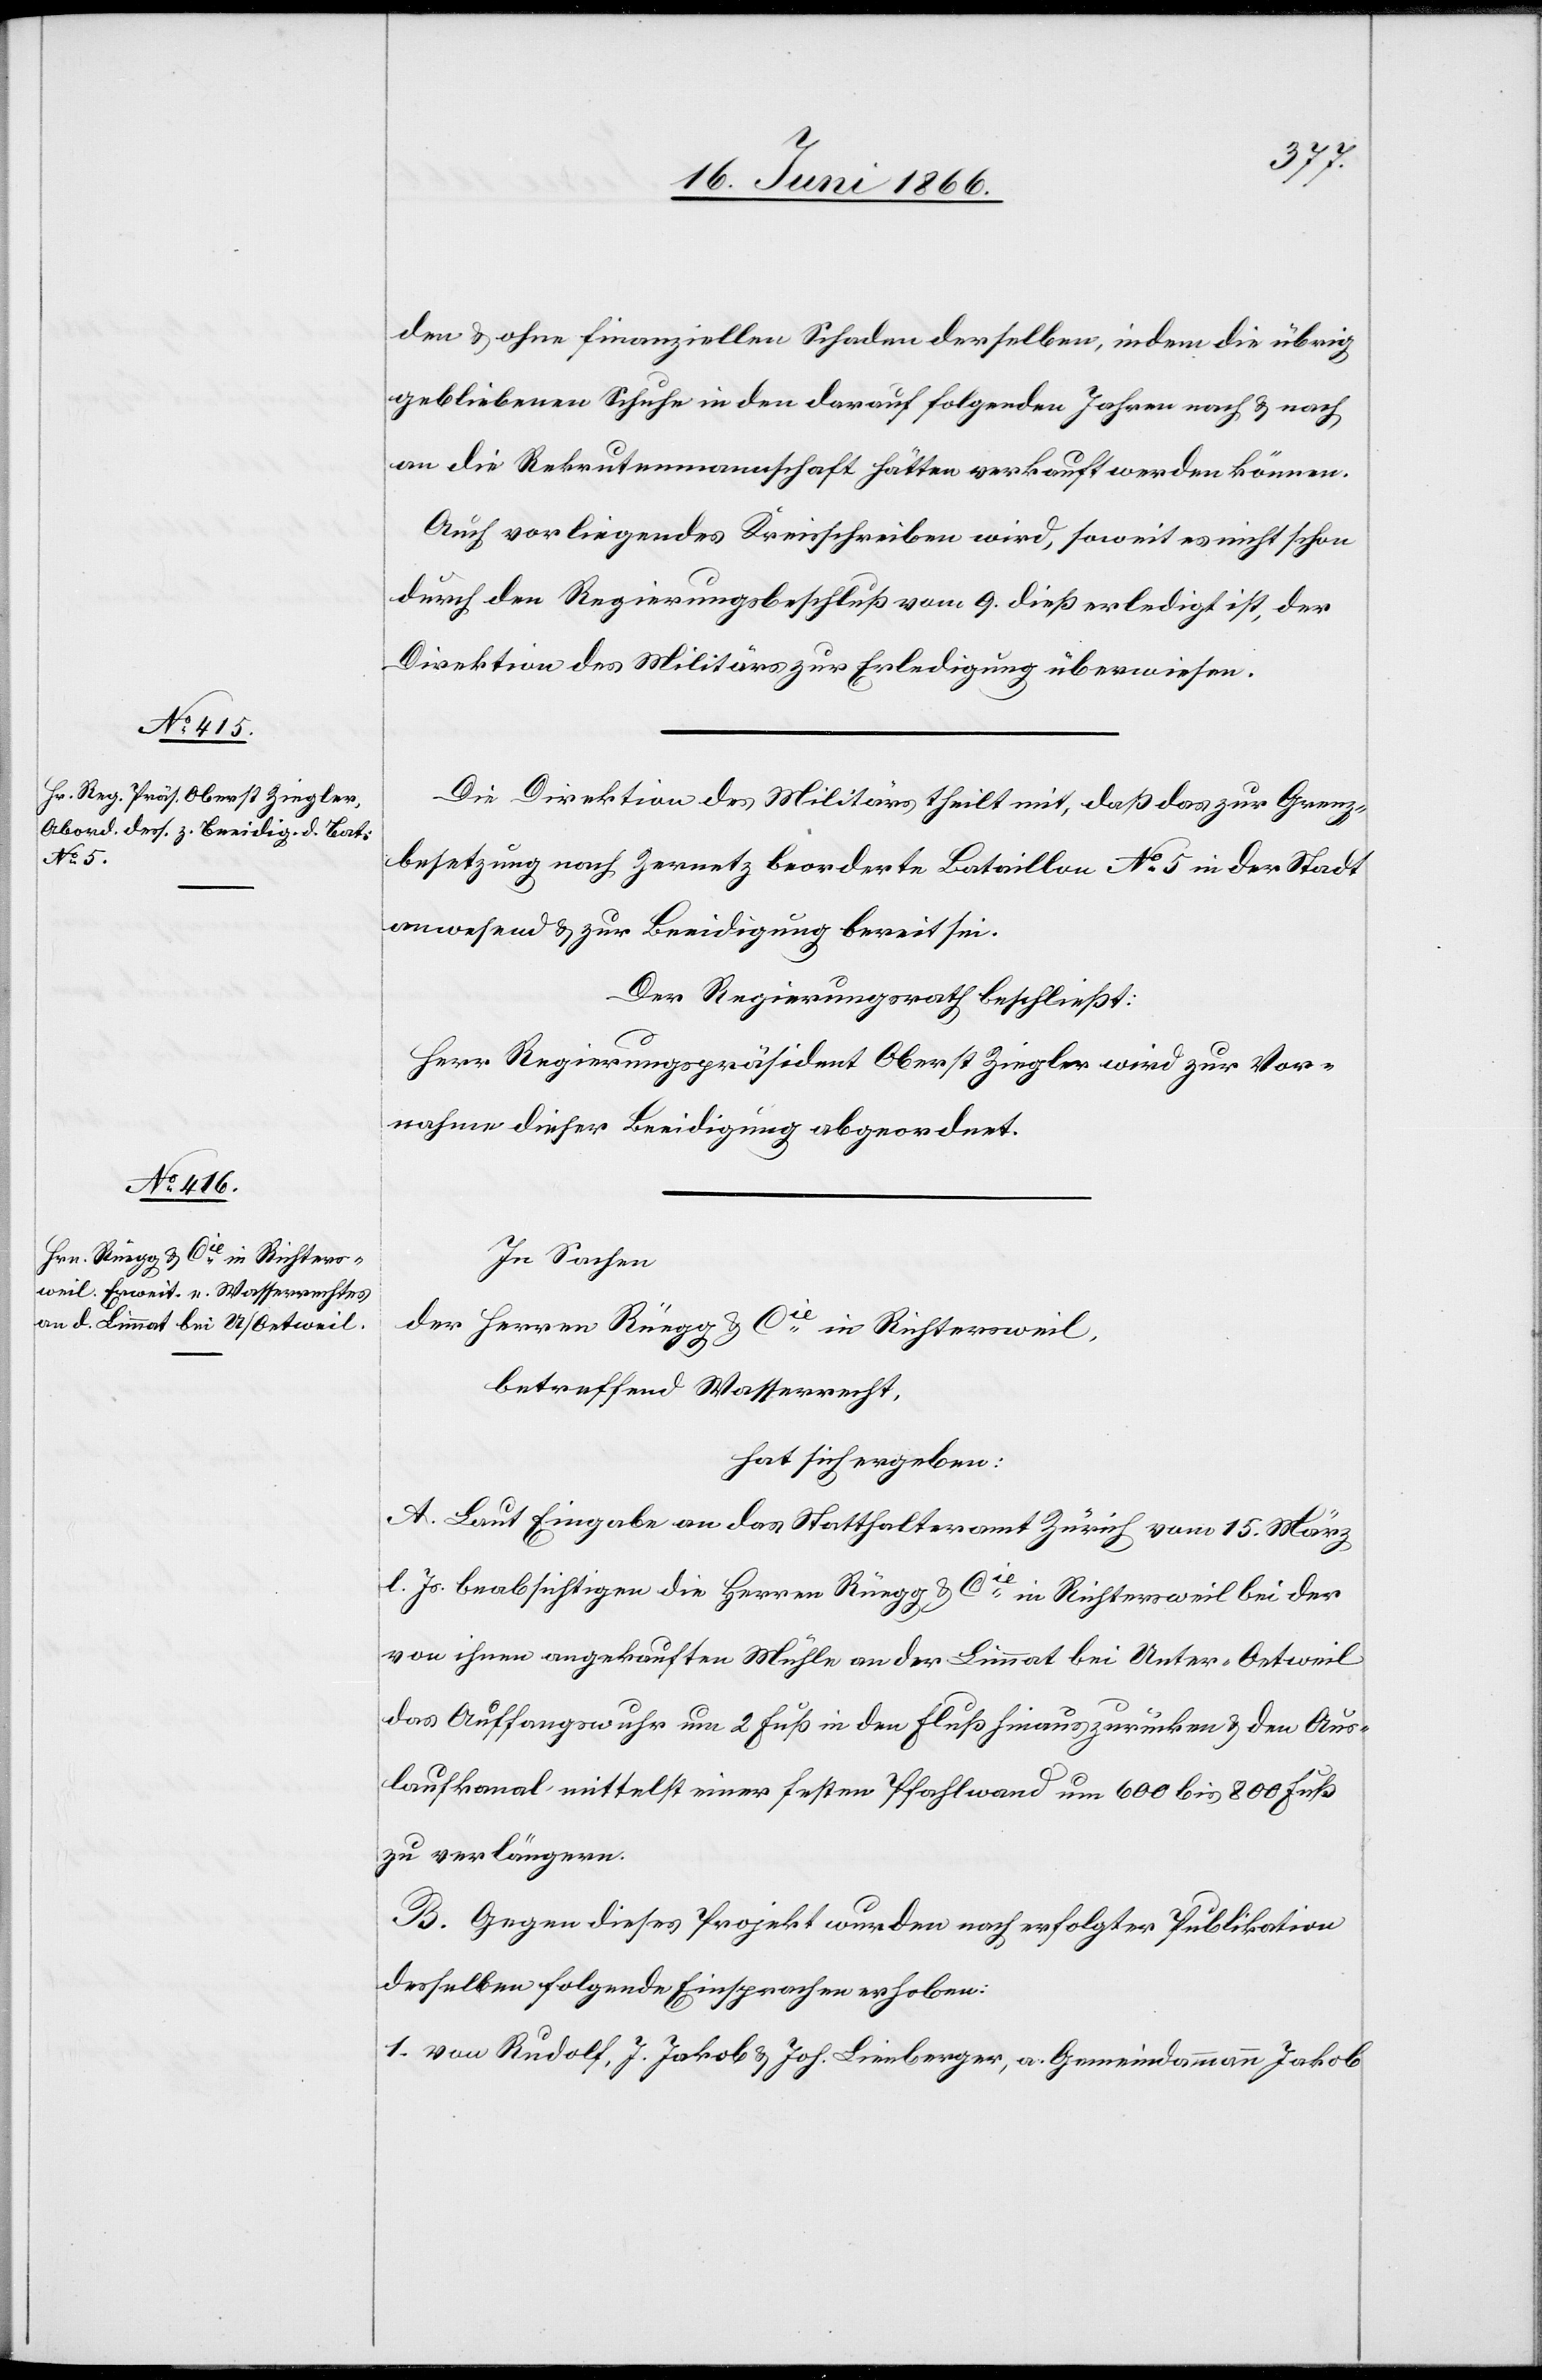
den u. ohne finanziellen Schaden derselben, indem die übrig
gebliebenen Schuhe in den darauf folgenden Jahren nach u. nach
an die Rekrutenmannschaft hätte verkauft werden können.
Auch vorliegendes Kreisschreiben wird, soweit es nicht schon
durch den Regierungsbeschluß vom 9. dieß erledigt ist, der
Direktion des Militärs zur Erledigung überwiesen.
Die Direktion des Militärs theilt mit, daß das zur Grenz¬
besetzung nach Zernetz beorderte Bataillon No. 5 in der Stadt
anwesend u. zur Beeidigung bereit sei.
Der Regierungsrath beschließt:
Herr Regierungspräsident Oberst Ziegler wird zur Vor¬
nahme dieser Beeidigung abgeordnet.
In Sachen
der Herren Rüegg & Cie. in Richtersweil,
betreffend Wasserrecht,
hat sich ergeben:
A. Laut Eingabe an das Statthalteramt Zürich vom 15. März
l. Js. beabsichtigen die Herren Rüegg & Cie. in Richtersweil bei der
von ihnen angekauften Mühle an der Limmat bei Unter-Oetweil
das Auffangwuhr um 2 Fuß in den Fluß hinauszurücken u. den Aus¬
laufkanal mittelst einer festen Pfahlwand um 600 bis 800 Fuß
zu verlängern.
B. Gegen dieses Projekt wurden nach erfolgter Publikation
desselben folgende Einsprachen erhoben:
1. von Rudolf, J. Jakob u. Joh. Lienberger, a. Gemeindammann Jakob